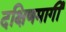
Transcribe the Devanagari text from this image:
दक्षिणमार्गी